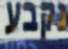
נקבע